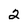
Character: 2